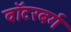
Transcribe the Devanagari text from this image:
वॉटरबर्ग